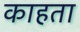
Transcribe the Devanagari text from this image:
काहता